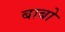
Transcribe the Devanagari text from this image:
बाबो